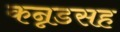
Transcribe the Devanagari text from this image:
कन्नडसह